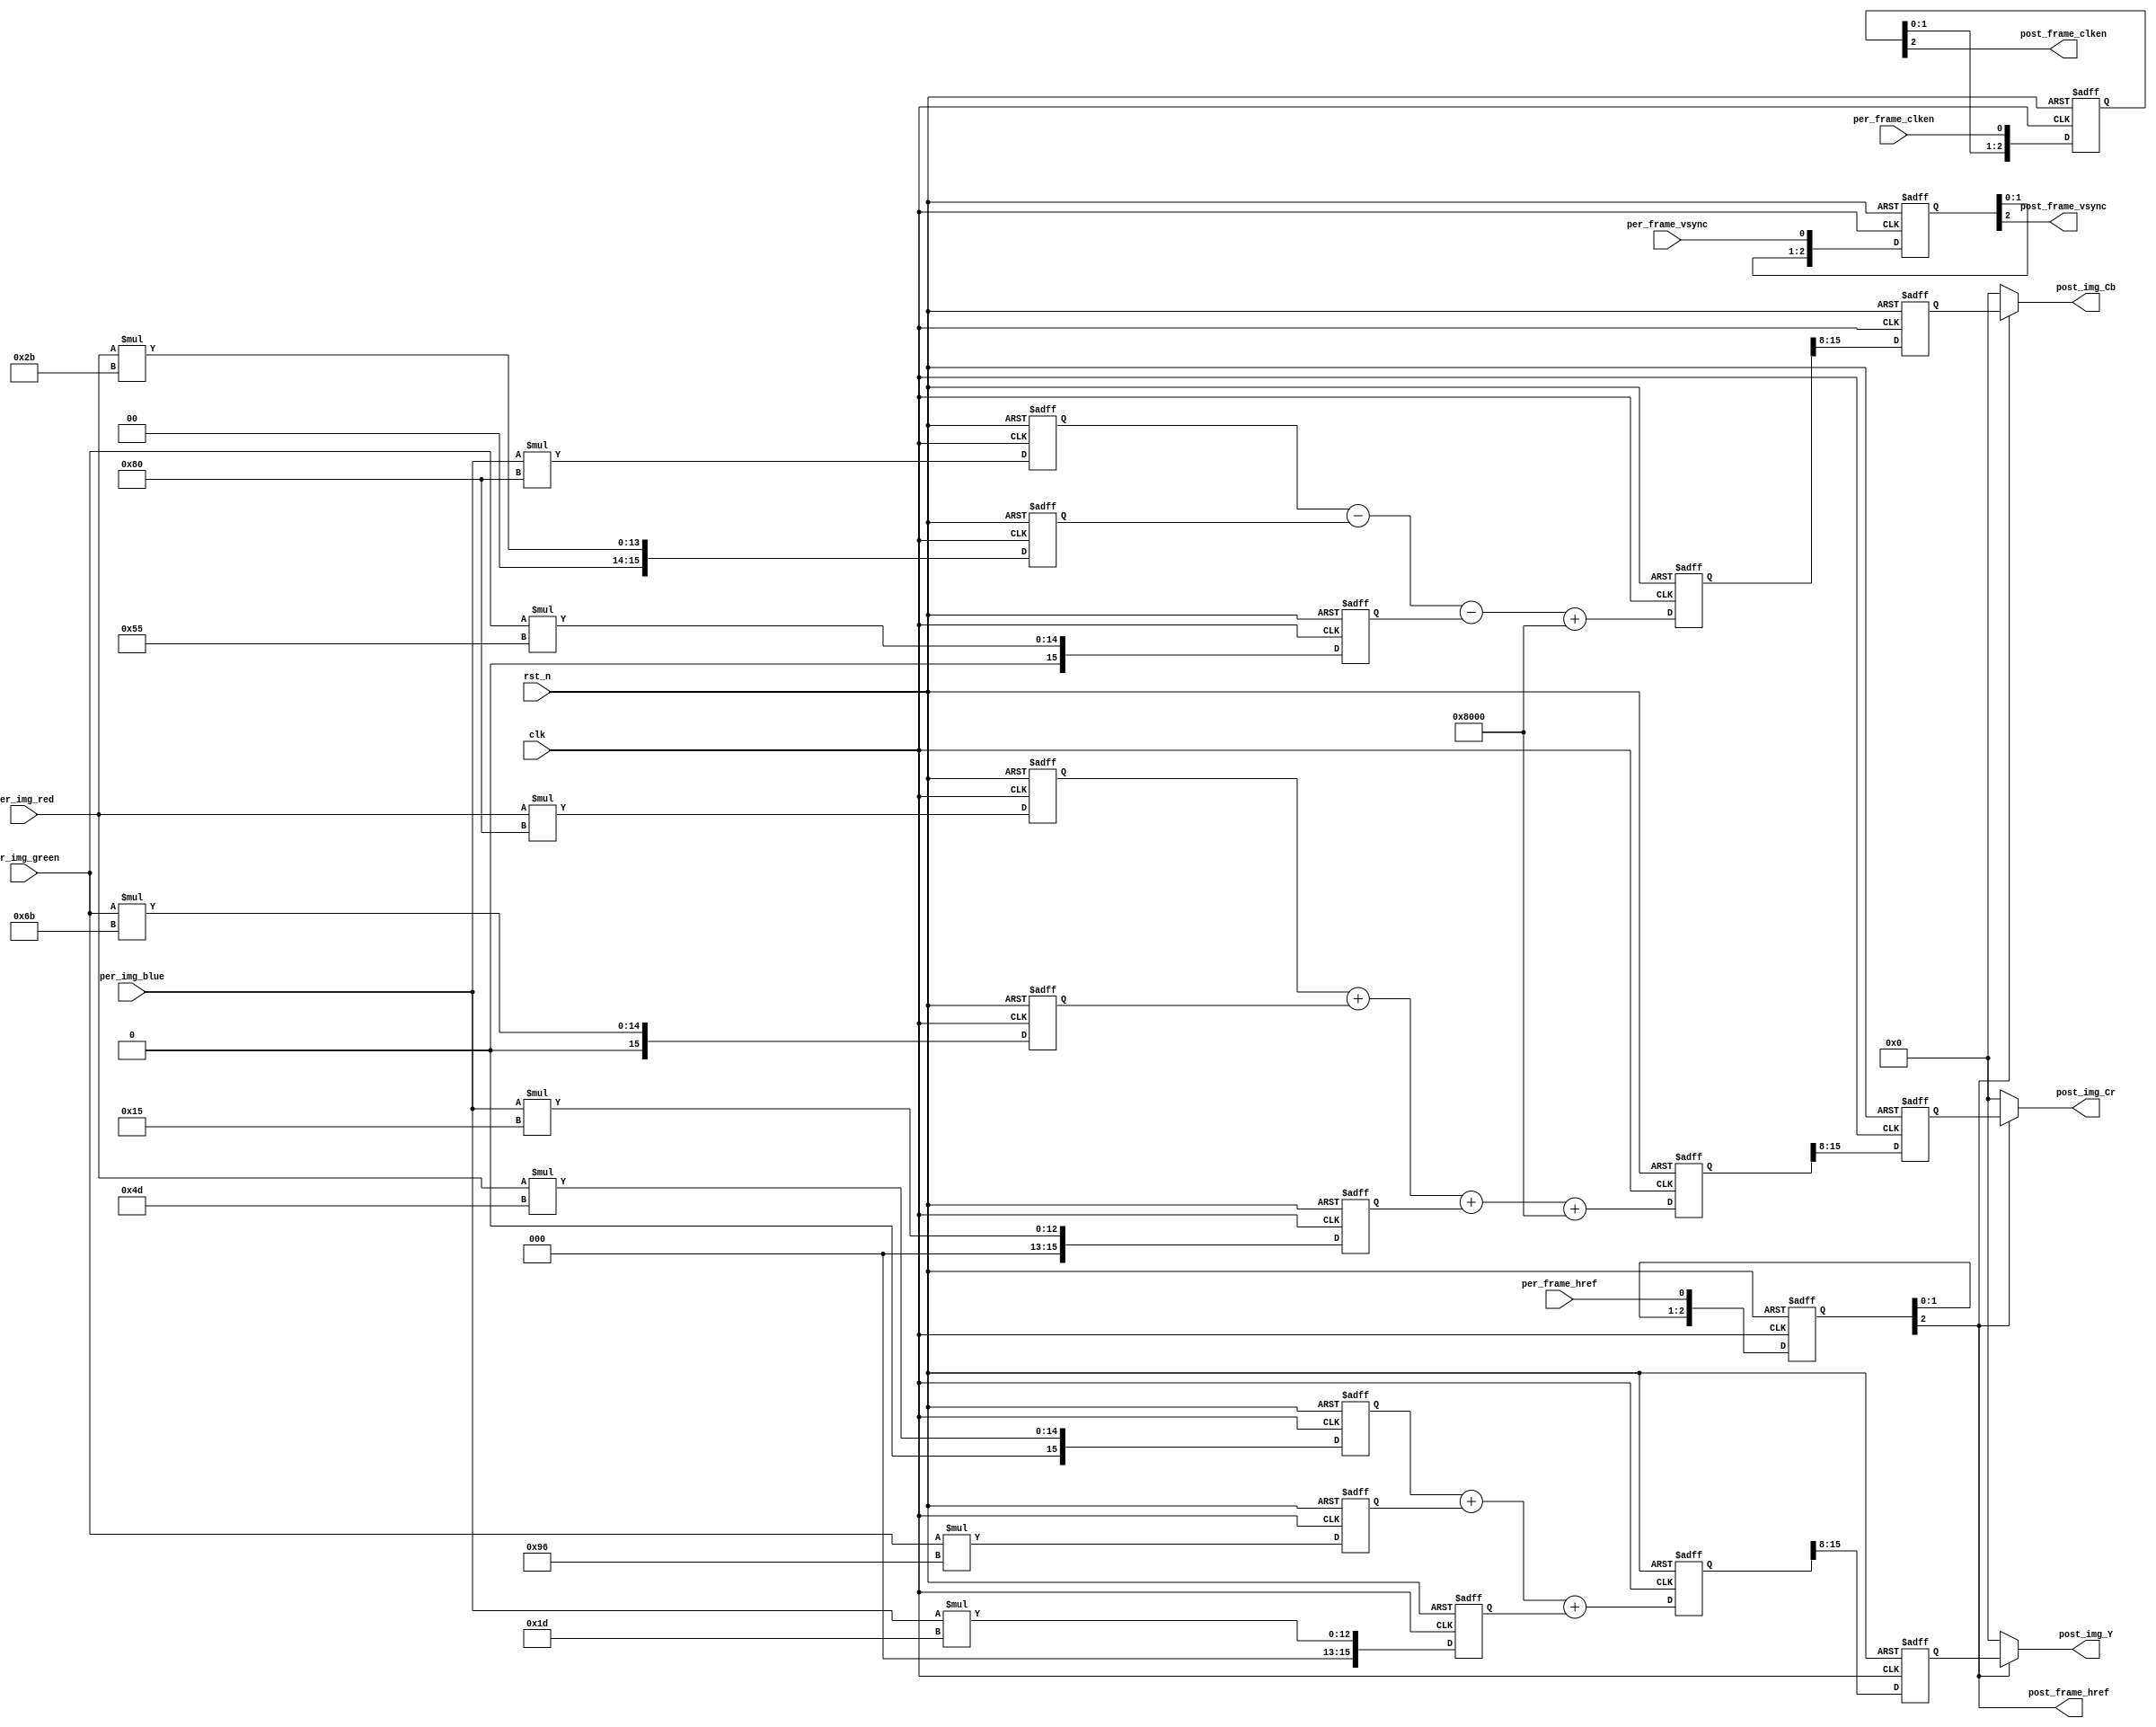
module rgb888_ycrcb888
(
	//global clock
	input				clk,  				//cmos video pixel clock
	input				rst_n,				//global reset

	//Image data prepred to be processd
	input				per_frame_vsync,	//Prepared Image data vsync valid signal
	input				per_frame_href,		//Prepared Image data href vaild  signal
	input				per_frame_clken,	//Prepared Image data output/capture enable clock	
	input		[7:0]	per_img_red,		//Prepared Image red data to be processed
	input		[7:0]	per_img_green,		//Prepared Image green data to be processed
	input		[7:0]	per_img_blue,		//Prepared Image blue data to be processed
	
	//Image data has been processd
	output				post_frame_vsync,	//Processed Image data vsync valid signal
	output				post_frame_href,	//Processed Image data href vaild  signal
	output				post_frame_clken,	//Processed Image data output/capture enable clock	
	output		[7:0]	post_img_Y,			//Processed Image brightness output
	output		[7:0]	post_img_Cb,		//Processed Image blue shading output
	output		[7:0]	post_img_Cr			//Processed Image red shading output
);

//--------------------------------------------
/*********************************************
//Refer to <OV7725 Camera Module Software Applicaton Note> page 5
	Y 	=	(77 *R 	+ 	150*G 	+ 	29 *B)>>8
	Cb 	=	(-43*R	- 	85 *G	+ 	128*B)>>8 + 128
	Cr 	=	(128*R 	-	107*G  	-	21 *B)>>8 + 128
--->
	Y 	=	(77 *R 	+ 	150*G 	+ 	29 *B)>>8
	Cb 	=	(-43*R	- 	85 *G	+ 	128*B + 32768)>>8
	Cr 	=	(128*R 	-	107*G  	-	21 *B + 32768)>>8
**********************************************/
//Step 1
reg	[15:0]	img_red_r0,		img_red_r1,		img_red_r2;	
reg	[15:0]	img_green_r0,	img_green_r1,	img_green_r2; 
reg	[15:0]	img_blue_r0,	img_blue_r1,	img_blue_r2; 
always@(posedge clk or negedge rst_n)
begin
	if(!rst_n)
		begin
		img_red_r0		<=	0; 		
		img_red_r1		<=	0; 		
		img_red_r2		<=	0; 	
		img_green_r0	<=	0; 		
		img_green_r1	<=	0; 		
		img_green_r2	<=	0; 	
		img_blue_r0		<=	0; 		
		img_blue_r1		<=	0; 		
		img_blue_r2		<=	0; 			
		end
	else
		begin
		img_red_r0		<=	per_img_red 	* 	8'd77; 		
		img_red_r1		<=	per_img_red 	* 	8'd43; 	
		img_red_r2		<=	per_img_red 	* 	8'd128; 		
		img_green_r0	<=	per_img_green 	* 	8'd150; 		
		img_green_r1	<=	per_img_green 	* 	8'd85; 			
		img_green_r2	<=	per_img_green 	* 	8'd107; 
		img_blue_r0		<=	per_img_blue 	* 	8'd29; 		
		img_blue_r1		<=	per_img_blue 	* 	8'd128; 			
		img_blue_r2		<=	per_img_blue 	* 	8'd21; 		
		end
end

//--------------------------------------------------
//Step 2
reg	[15:0]	img_Y_r0;	
reg	[15:0]	img_Cb_r0; 
reg	[15:0]	img_Cr_r0; 
always@(posedge clk or negedge rst_n)
begin
	if(!rst_n)
		begin
		img_Y_r0	<=	0; 		
		img_Cb_r0	<=	0; 		
		img_Cr_r0	<=	0; 	
		end
	else
		begin
		img_Y_r0	<=	img_red_r0 	+ 	img_green_r0 	+ 	img_blue_r0; 		
		img_Cb_r0	<=	img_blue_r1 - 	img_red_r1 		- 	img_green_r1	+	16'd32768; 		
		img_Cr_r0	<=	img_red_r2 	+ 	img_green_r2 	+ 	img_blue_r2		+	16'd32768; 		
		end
end

//--------------------------------------------------
//Step 3
reg	[7:0]	img_Y_r1;	
reg	[7:0]	img_Cb_r1; 
reg	[7:0]	img_Cr_r1; 
always@(posedge clk or negedge rst_n)
begin
	if(!rst_n)
		begin
		img_Y_r1	<=	0; 		
		img_Cb_r1	<=	0; 		
		img_Cr_r1	<=	0; 	
		end
	else
		begin
		img_Y_r1	<=	img_Y_r0[15:8];
		img_Cb_r1	<=	img_Cb_r0[15:8];
		img_Cr_r1	<=	img_Cr_r0[15:8]; 
		end
end



//------------------------------------------
//lag 3 clocks signal sync  
reg	[2:0]	per_frame_vsync_r;
reg	[2:0]	per_frame_href_r;	
reg	[2:0]	per_frame_clken_r;
always@(posedge clk or negedge rst_n)
begin
	if(!rst_n)
		begin
		per_frame_vsync_r <= 0;
		per_frame_href_r <= 0;
		per_frame_clken_r <= 0;
		end
	else
		begin
		per_frame_vsync_r 	<= 	{per_frame_vsync_r[1:0], 	per_frame_vsync};
		per_frame_href_r 	<= 	{per_frame_href_r[1:0], 	per_frame_href};
		per_frame_clken_r 	<= 	{per_frame_clken_r[1:0], 	per_frame_clken};
		end
end
assign	post_frame_vsync 	= 	per_frame_vsync_r[2];
assign	post_frame_href 	= 	per_frame_href_r[2];
assign	post_frame_clken 	= 	per_frame_clken_r[2];
assign	post_img_Y 	= 	post_frame_href ? img_Y_r1 : 8'd0;
assign	post_img_Cb =	post_frame_href ? img_Cb_r1: 8'd0;
assign	post_img_Cr = 	post_frame_href ? img_Cr_r1: 8'd0;
endmodule